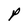
Character: P